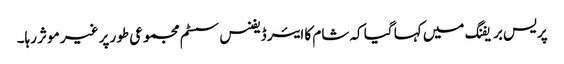
پریس بریفنگ میں کہا گیا کہ شام کا ایئر ڈیفنس سسٹم مجموعی طور پر غیر موثر رہا۔